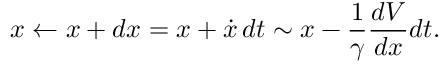
x \leftarrow x + d x = x + \dot { x } \, d t \sim x - \frac { 1 } { \gamma } \frac { d V } { d x } d t .